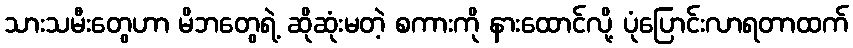
သားသမီးတွေဟာ မိဘတွေရဲ့ ဆိုဆုံးမတဲ့ စကားကို နားထောင်လို့ ပုံပြောင်းလာရတာထက်